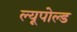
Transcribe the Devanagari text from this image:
ल्यूपोल्ड